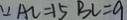
\because A C = 1 5 B C = 9